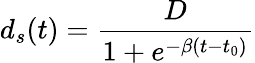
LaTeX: d_{s}(t)=\frac{D}{1+e^{-\beta(t-t_{0})}}